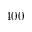
4 0 0